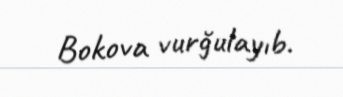
Bokova vurğulayıb.